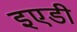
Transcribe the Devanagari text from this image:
इएडी